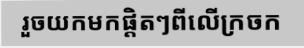
រួចយកមកផ្តិតៗពីលើក្រចក